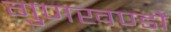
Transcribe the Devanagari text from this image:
गुणखण्डों